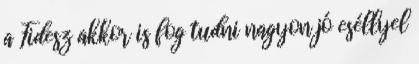
a Fidesz akkor is fog tudni nagyon jó eséllyel